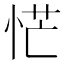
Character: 恾